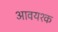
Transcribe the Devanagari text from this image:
आवयश्क